Report on sanitation, dispensaries, and jails in Rajputana for 1921, and on vaccination for the year 1921-1922 - 1921-1922
Year: 1921
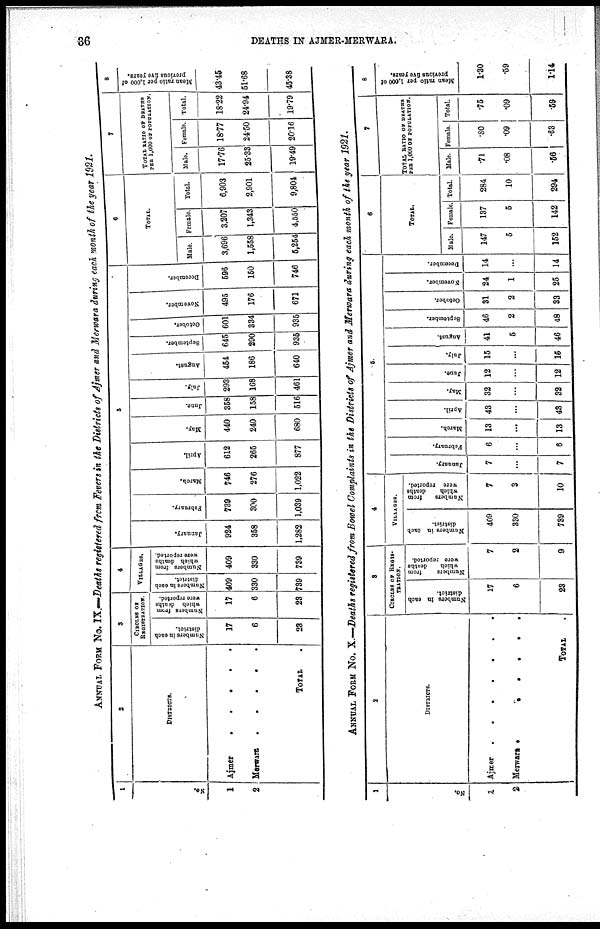
36
DEATHS IN AJMER-MERWARA.
ANNUAL FORM No. IX.—Deaths registered from Fevers in the Districts of Ajmer and Merwara during each month of the year 1921.
1
No.
1
2
2
DISTRICTS.
Ajmer.....
Merwara.....
TOTAL.
3
CIRCLES OF
REGISTRATION.
Numbers in each
district.
17
6
23
Numbers from
which deaths
were reported.
17
6
23
4
VILLAGES.
Numbers in each
district.
409
330
739
Numbers from
which deaths
were reported.
409
330
739
5
January.
924
358
1,282
February.
739
300
1,039
March.
746
276
1,022
April.
612
265
877
May.
440
240
680
June.
358
158
516
July.
293
168
461
August.
454
186
640
September.
645
290
935
October.
601
334
935
November.
495
176
671
December.
596
150
746
6
TOTAL.
Male.
3,696
1,558
5,254
Female.
3,207
1,343
4,550
Total.
6,903
2,901
9,804
7
TOTAL RATIO OF DEATHS
PER 1,000 OF POPULATION.
Male.
17.76
25.33
19.49
Female.
18.77
24.50
20.16
Total.
18.22
24.94
19.79
8
Mean ratio per 1,000 of
previous five years.
43.45
51.68
45.38
ANNUAL FORM No. X.—Deaths registered from Bowel Complaints in the Districts of Ajmer and Merwara during each month of the year 1921.
1
No.
1
2
2
DISTRICTS.
Ajmer
Merwara.......
TOTAL.
3
CIRCLES OF REGIS¬
TRATION.
Numbers in each
district.
17
6
23
Numbers
from
which
deaths
were reported.
7
2
9
4
VILLAGES.
Numbers in each
district.
409
330
739
Numbers
from
which
deaths
were reported.
7
3
10
5
January.
7
...
7
February.
6
...
6
March.
13
...
13
April.
43
...
43
May.
32
...
32
June.
12
...
12
July.
15
...
15
August.
41
5
46
September.
46
2
48
October.
31
2
33
November.
24
1
25
December.
14
...
14
6
TOTAL.
Male.
147
5
152
Female.
137
5
142
Total.
284
10
294
7
TOTAL RATIO OF DEATHS
PER 1,000 OF POPULATION.
Male.
.71
.08
.56
Female.
.80
.09
.63
Total.
.75
.09
.59
8
Mean ratio per 1,000 of
previous five years.
1.30
.59
1.14